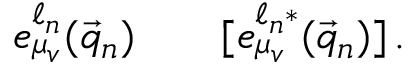
e _ { \mu _ { v } } ^ { \ell _ { n } } ( \vec { q } _ { n } ) \qquad [ e _ { \mu _ { v } } ^ { \ell _ { n } * } ( \vec { q } _ { n } ) ] \, .